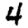
Digit: 4